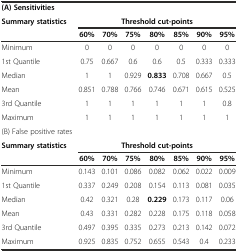
| (A) Sensitivities |  |  |  |  |  |  |  |
 | <ROWSPAN=2> Summary statistics | <COLSPAN=7> Threshold cut-points |
 | 60% | 70% | 75% | 80% | 85% | 90% | 95% |
 | --- | --- | --- | --- | --- | --- | --- | --- |
 | Minimum | 0 | 0 | 0 | 0 | 0 | 0 | 0 |
 | 1st Quantile | 0.75 | 0.667 | 0.6 | 0.6 | 0.5 | 0.333 | 0.333 |
 | Median | 1 | 1 | 0.929 | 0.833 | 0.708 | 0.667 | 0.5 |
 | Mean | 0.851 | 0.788 | 0.766 | 0.746 | 0.671 | 0.615 | 0.525 |
 | 3rd Quantile | 1 | 1 | 1 | 1 | 1 | 1 | 0.8 |
 | Maximum | 1 | 1 | 1 | 1 | 1 | 1 | 1 |
 | (B) False positive rates |  |  |  |  |  |  |  |
 | <ROWSPAN=2> Summary statistics | <COLSPAN=7> Threshold cut-points |
 | 60% | 70% | 75% | 80% | 85% | 90% | 95% |
 | Minimum | 0.143 | 0.101 | 0.086 | 0.082 | 0.062 | 0.022 | 0.009 |
 | 1st Quantile | 0.337 | 0.249 | 0.208 | 0.154 | 0.113 | 0.081 | 0.035 |
 | Median | 0.42 | 0.321 | 0.28 | 0.229 | 0.173 | 0.117 | 0.06 |
 | Mean | 0.43 | 0.331 | 0.282 | 0.228 | 0.175 | 0.118 | 0.058 |
 | 3rd Quantile | 0.497 | 0.395 | 0.335 | 0.273 | 0.213 | 0.142 | 0.072 |
 | Maximum | 0.925 | 0.835 | 0.752 | 0.655 | 0.543 | 0.4 | 0.233 |